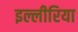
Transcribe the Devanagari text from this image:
इल्लीरिया